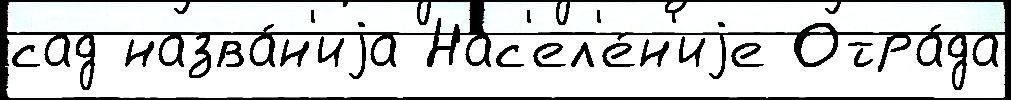
сад назва́н'иjа Нас'ел'е́н'иjе Отра́да